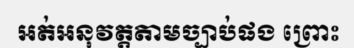
អត់អនុវត្តតាមច្បាប់ផង ព្រោះ